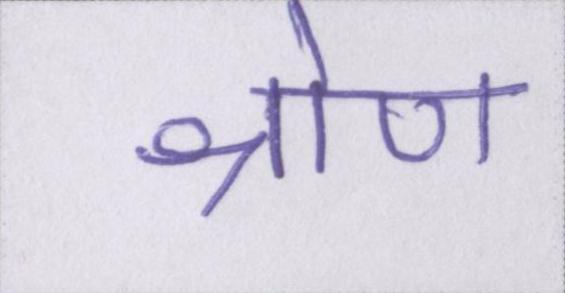
श्रोण